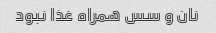
نان و سس همراه غذا نبود